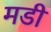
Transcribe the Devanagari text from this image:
मडी